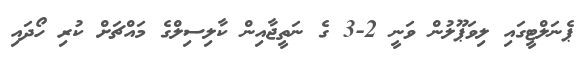
ޕެނަލްޓީގައި ލިވަޕޫލުން ވަނީ 2-3 ގެ ނަތީޖާއިން ކާލިސިލްގެ މައްޗަށް ކުރި ހޯދައި